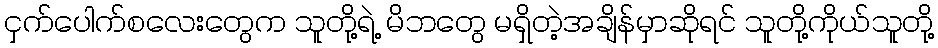
ငှက်ပေါက်စလေးတွေက သူတို့ရဲ့ မိဘတွေ မရှိတဲ့အချိန်မှာဆိုရင် သူတို့ကိုယ်သူတို့